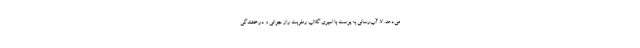
می‌دهد. ۷. آب‌رسانی به پوست با اسپری گلاب رطوبت راز جوانی و درخشندگی